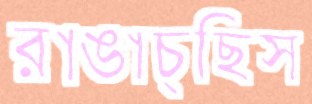
রাঙাচ্ছিস